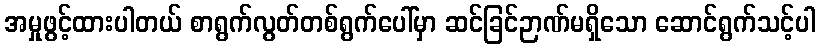
အမှုဖွင့်ထားပါတယ် စာရွက်လွတ်တစ်ရွက်ပေါ်မှာ ဆင်ခြင်ဉာဏ်မရှိသော ဆောင်ရွက်သင့်ပါ